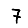
Digit: 7